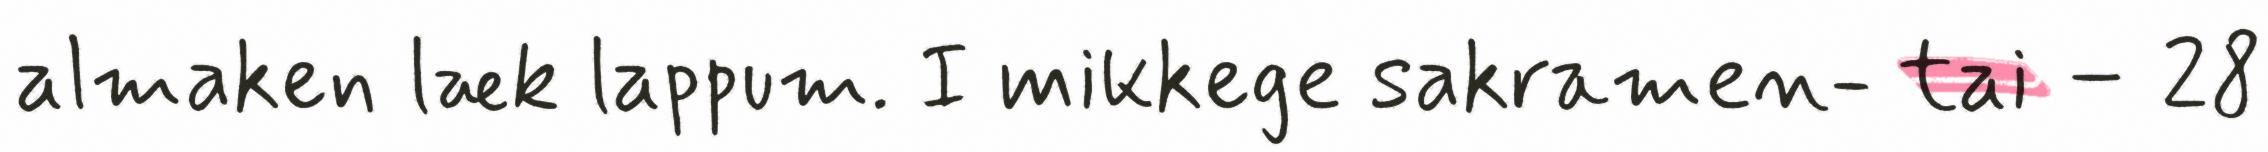
almaken læk lappum. I mikkege sakramen- tai – 28